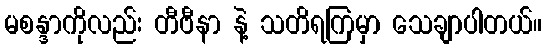
မစန္ဒာကိုလည်း တီဗီနာ နဲ့ သတိရကြမှာ သေချာပါတယ်။